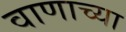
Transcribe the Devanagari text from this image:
वाणाच्या